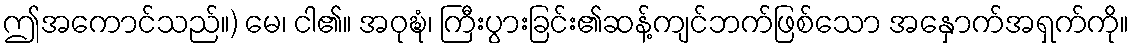
ဤအကောင်သည်။) မေ၊ ငါ၏။ အဝုဍ္ဎံ၊ ကြီးပွားခြင်း၏ဆန့်ကျင်ဘက်ဖြစ်သော အနှောက်အရှက်ကို။